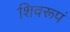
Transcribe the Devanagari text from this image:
शिवरूपं